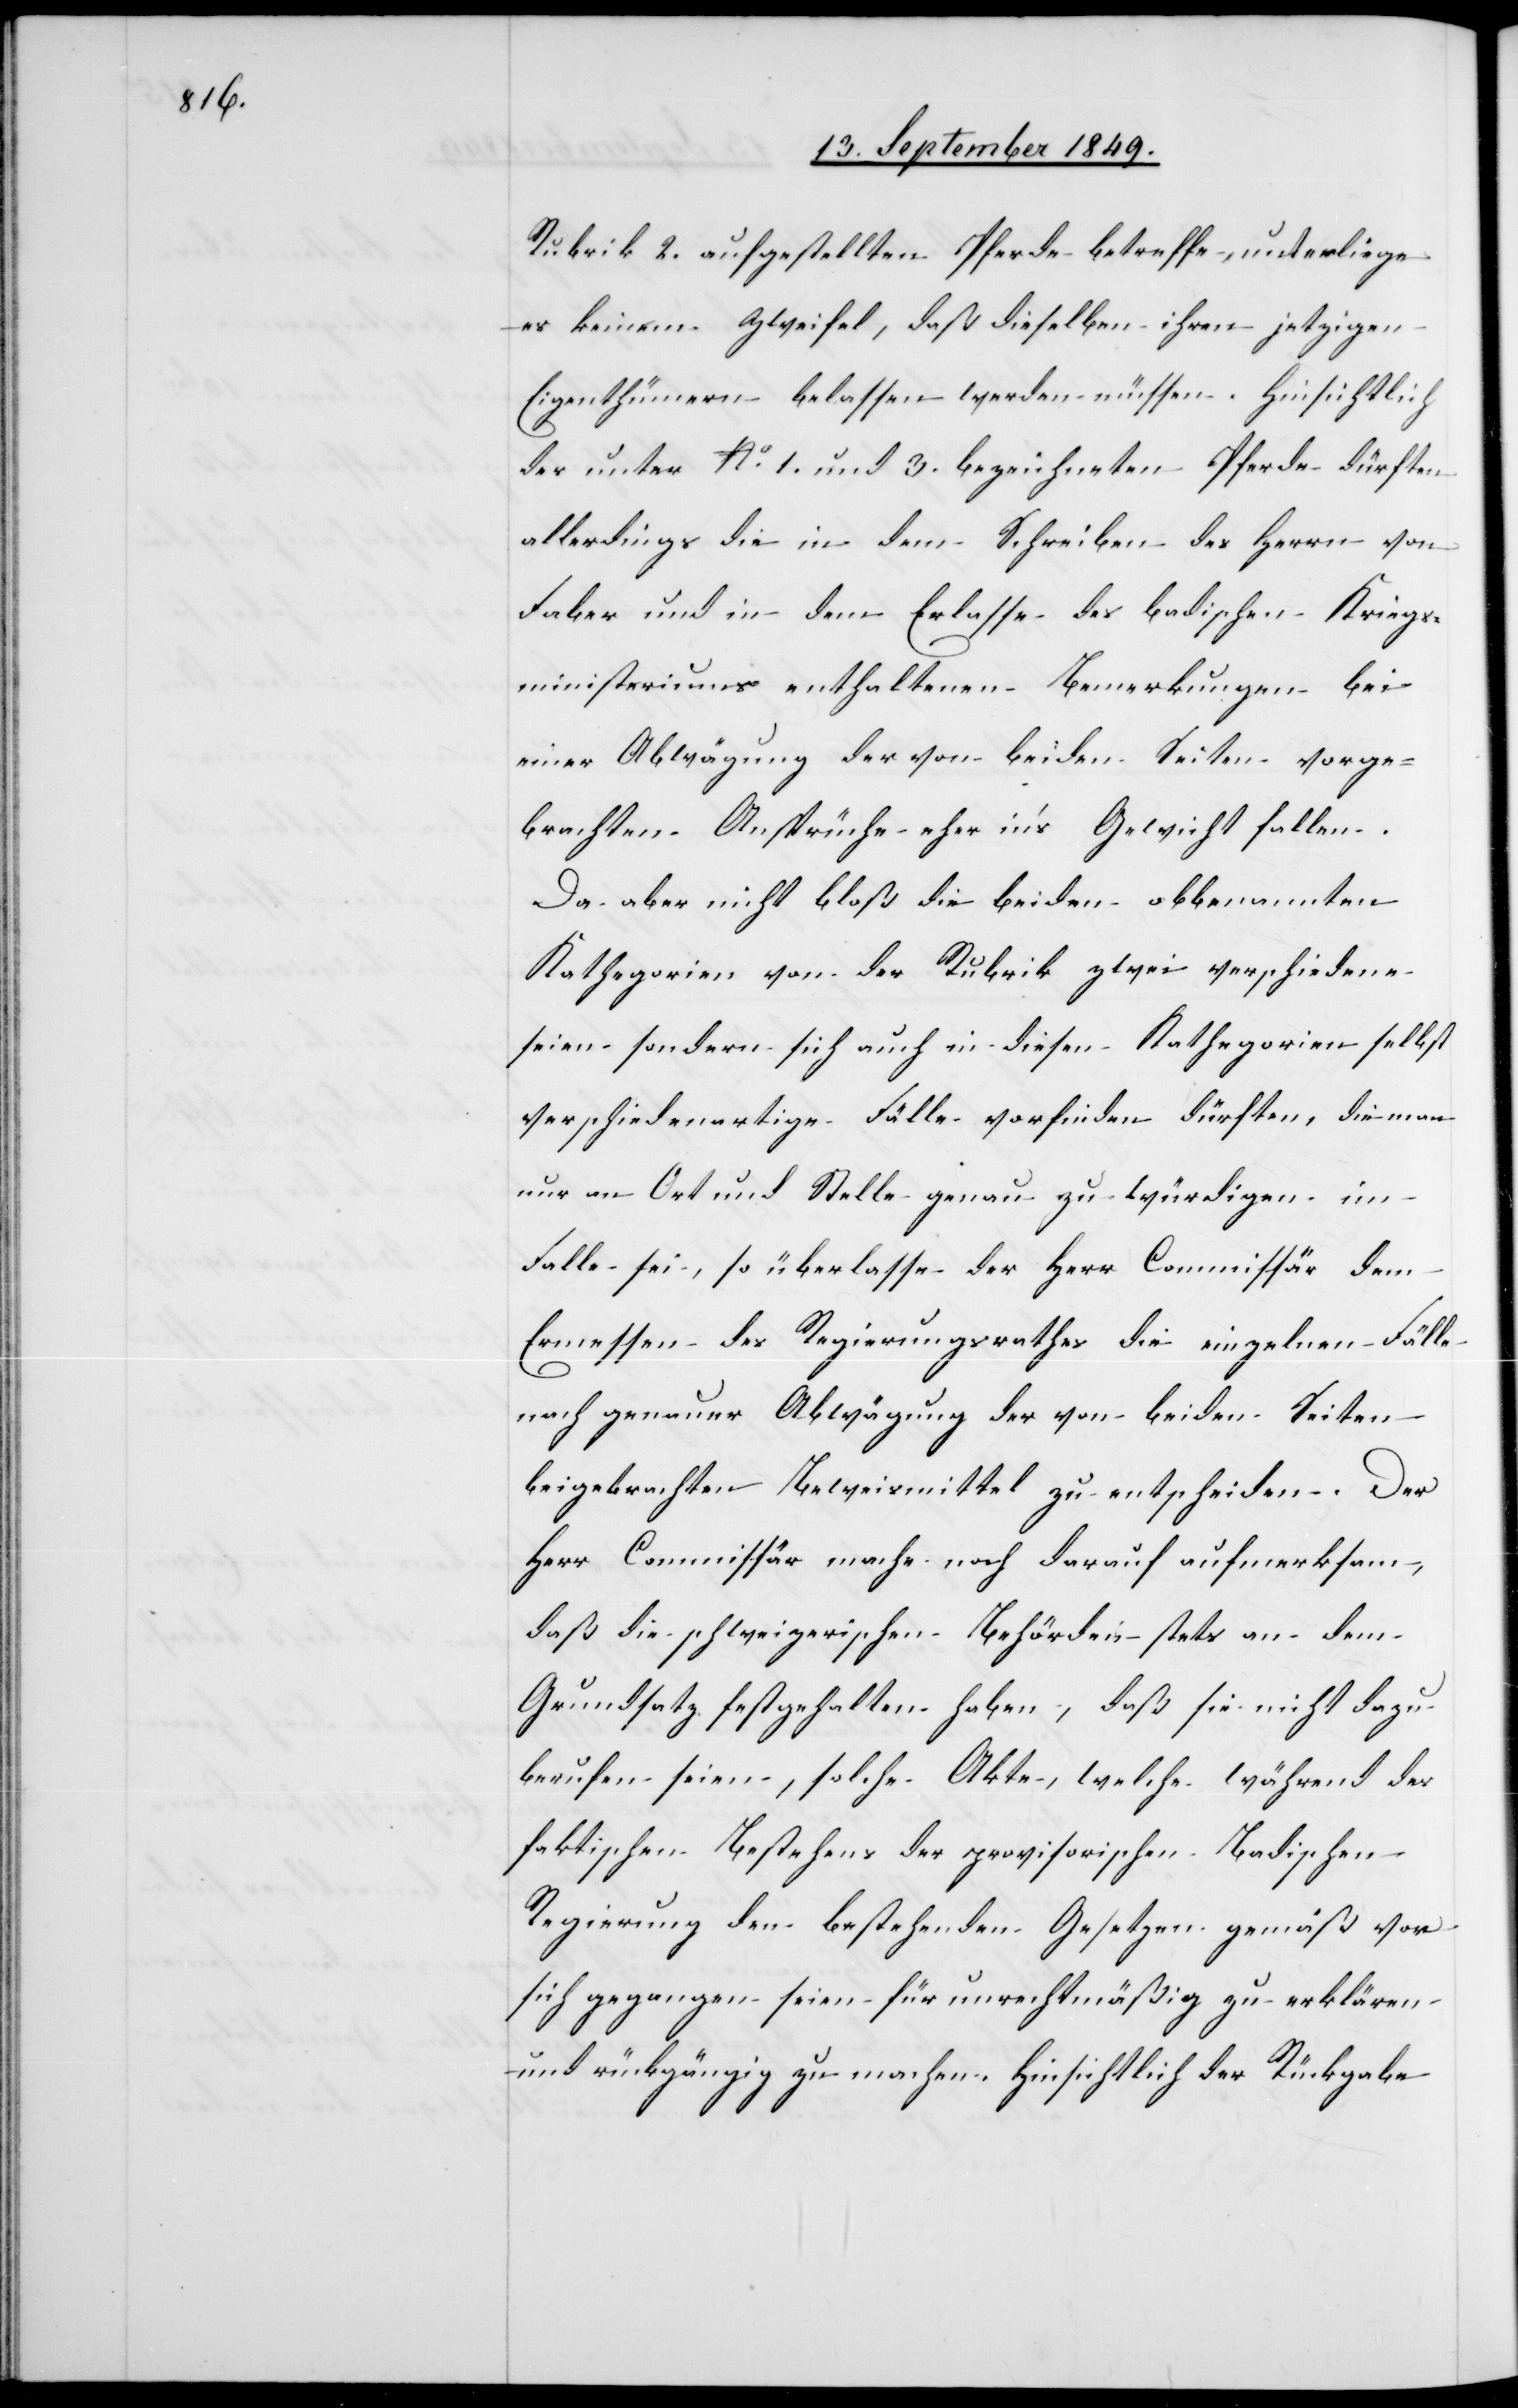
Rubrik 2. aufgestellten Pferde betreffe, unterliege
er keinem Zweifel, daß dieselben ihren jetzigen
Eigenthümern belassen werden müssen. Hinsichtlich
der unter No 1. und 3. bezeichneten Pferde dürften
Faber und in dem Erlasse des badischen Kriegs¬
ministeriums enthaltenen Bemerkungen bei
einer Abwägung der von beiden Seiten vorge¬
brachten Ansprüche eher in’s Gewicht fallen.
Da aber nicht bloß die beiden obbenannten
Kathegorien von der Rubrik zwei verschiedene
seien sondern sich auch in diesen Kathegorien selbst
verschiedenartige Fälle vorfinden dürften, die man
nur an Ort und Stelle genau zu würdigen im
Falle sei, so überlasse der Herr Commissär dem
Ermessen des Regierungsrathes die einzelnen Fälle
nach genauer Abwägung der von beiden Seiten
beigebrachten Beweismittel zu entscheiden. Der
Herr Commissär mache noch darauf aufmerksam,
daß die schweizerschien Behörden stets an dem
Grundsatz festgehalten haben, daß sie nicht dazu
berufen seien, solche Akte, welche während des
faktischen Bestehens der provisorischen badischen
Regierung den bestehenden Gesetzen gemäß vor
sich gegangen seien für unrechtmäßig zu erklären
und rückgängig zu machen. Hinsichtlich der Rückgabe